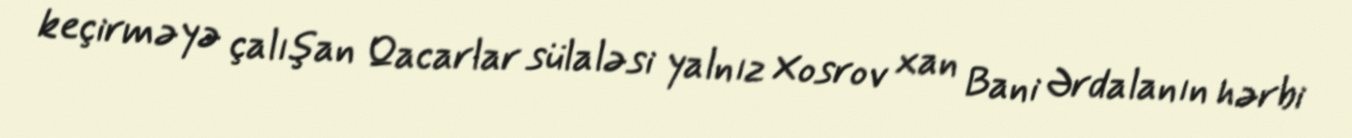
keçirməyə çalışan Qacarlar sülaləsi yalnız Xosrov xan Bani Ərdalanın hərbi